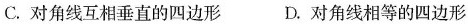
C.对角线互相垂直的四边形 D.对角线相等的四边形